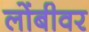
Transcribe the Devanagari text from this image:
लोंबीवर